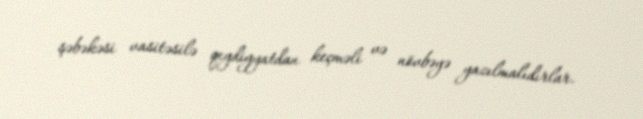
şəbəkəsi vasitəsilə qeydiyyatdan keçməli və növbəyə yazılmalıdırlar.